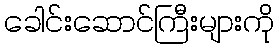
ခေါင်းဆောင်ကြီးများကို